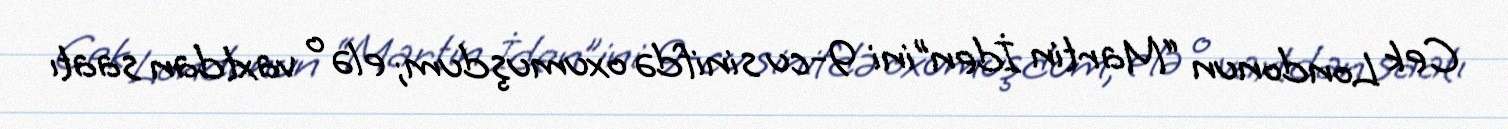
Cek Londonun “Martin İden”ini 9-cu sinifdə oxumuşdum; elə o vaxtdan saatı